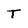
Character: T